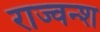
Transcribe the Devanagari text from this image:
राज्वन्श